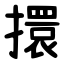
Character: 擐